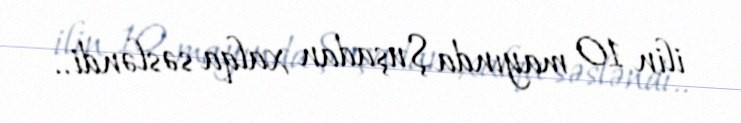
ilin 10 mayında Şuşadan xalqa səsləndi..